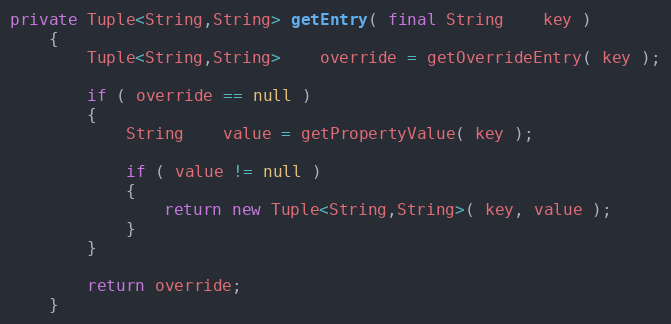
Language: Java
private Tuple<String,String> getEntry( final String    key )
    {
        Tuple<String,String>    override = getOverrideEntry( key );

        if ( override == null )
        {
            String    value = getPropertyValue( key );

            if ( value != null )
            {
                return new Tuple<String,String>( key, value );
            }
        }

        return override;
    }